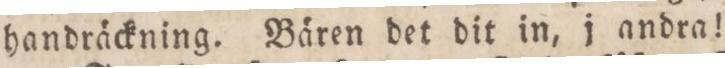
handräckning. Bären det dit in, i andra!